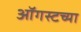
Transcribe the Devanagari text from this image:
आॅगस्टच्या